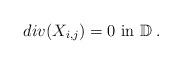
LaTeX: \begin{align*} div(X_{i,j}) = 0 \hbox{ in }{\mathbb D}\hskip.1cm. \end{align*}